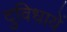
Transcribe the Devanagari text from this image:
दुविधायें